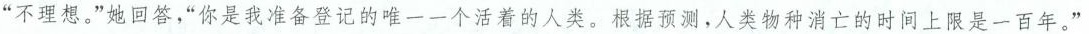
“不理想。”她回答，“你是我准备登记的唯一一个活着的人类。根据预测，人类物种消亡的时间上限是一百年。”